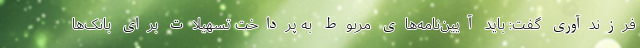
فرزندآوری گفت: باید آیین‌نامه‌های مربوط به پرداخت تسهیلات برای بانک‌ها